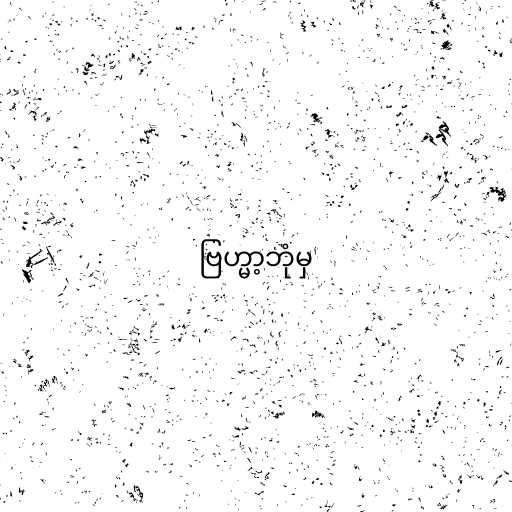
ဗြဟ္မာ့ဘုံမှ